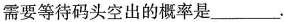
需要等待码头空出的概率是___.